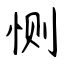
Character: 恻